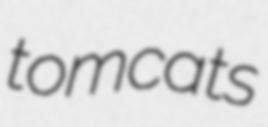
tomcats